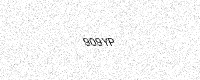
Text: 909YP